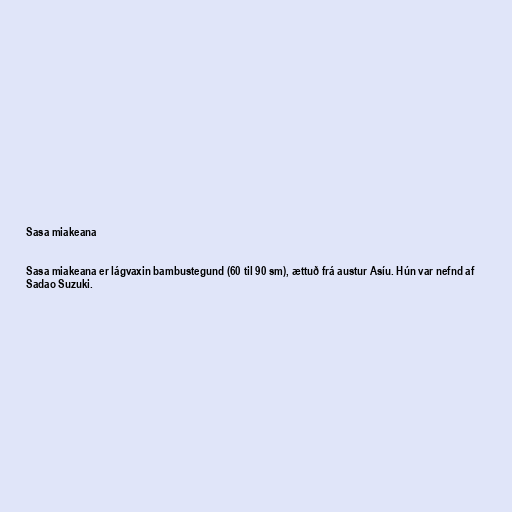
Sasa miakeana

Sasa miakeana er lágvaxin bambustegund (60 til 90 sm), ættuð frá austur Asíu. Hún var nefnd af
Sadao Suzuki.